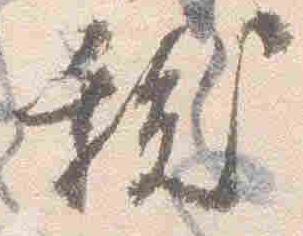
祓